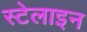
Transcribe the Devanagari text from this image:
स्टेलाइन